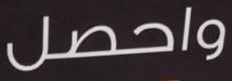
واحصل